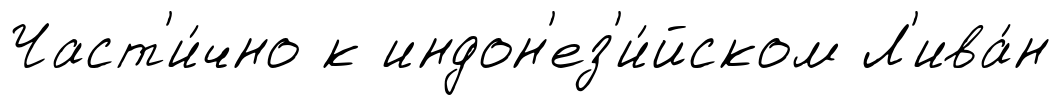
Част'и́чно к индон'ез'и́йском Л'ива́н